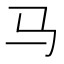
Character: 马